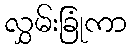
လွှမ်းခြုံကာ